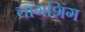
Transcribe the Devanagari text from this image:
चांगशिंग